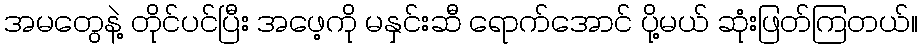
အမတွေနဲ့ တိုင်ပင်ပြီး အဖေ့ကို မနှင်းဆီ ရောက်အောင် ပို့မယ် ဆုံးဖြတ်ကြတယ်။